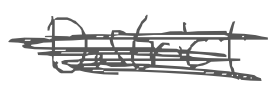
Text: District
Cross-out: mix
Writing tool: digital_gray